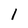
Character: 1